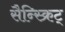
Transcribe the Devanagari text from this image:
सैन्स्क्रिट्